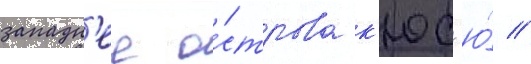
западн'ее о́строва к'юс'ю́ //